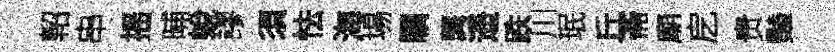
軺串摇晡蛻謬須怯海場瞩龔遥跌川珉丘斋廟戹贵豔